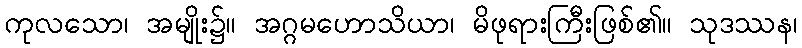
ကုလသော၊ အမျိုး၌။ အဂ္ဂမဟောသိယာ၊ မိဖုရားကြီးဖြစ်၏။ သုဒဿန၊